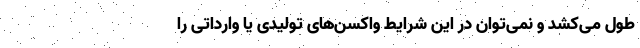
طول می‌کشد و نمی‌توان در این شرایط واکسن‌های تولیدی یا وارداتی را